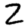
Digit: 2